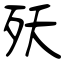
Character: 殀